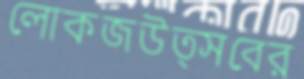
লোকজউত্সবের